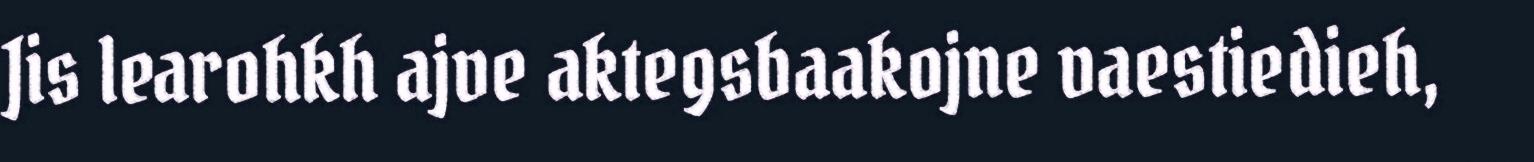
Jis learohkh ajve aktegsbaakojne vaestiedieh,